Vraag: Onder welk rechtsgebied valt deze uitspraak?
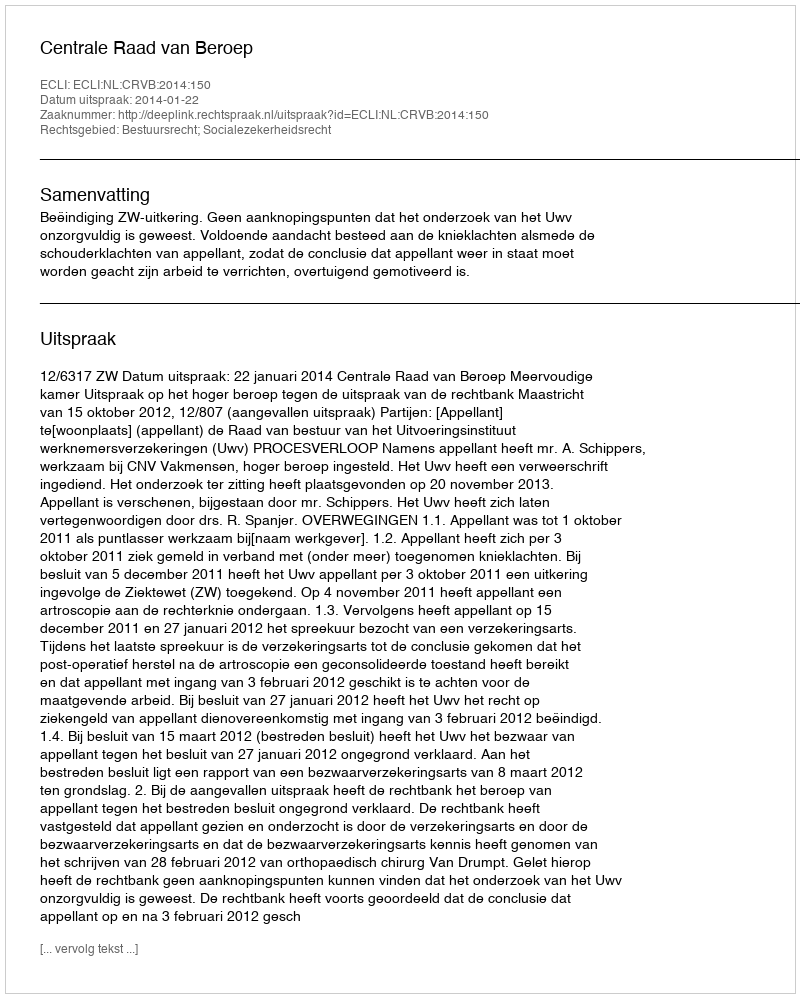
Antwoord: Bestuursrecht; Socialezekerheidsrecht